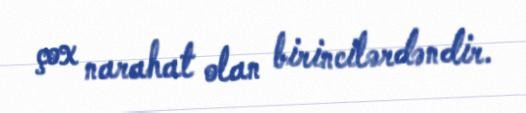
çox narahat olan birincilərdəndir.